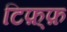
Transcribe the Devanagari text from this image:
टिफ़्फ़